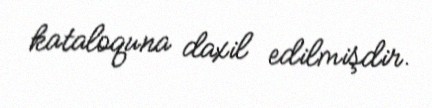
kataloquna daxil edilmişdir.